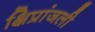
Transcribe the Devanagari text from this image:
क्षिप्रांजली